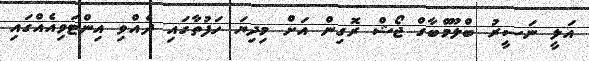
އަލީ ނަސީރު ބްލޫމްބާގް ޖޯޝް ރޮގިން އަށް މިދިޔަ ހަފުތާގައި ދެއްވި އިންޓަވިއެއްގައި